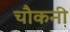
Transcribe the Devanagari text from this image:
चौकनी